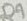
Text: D9